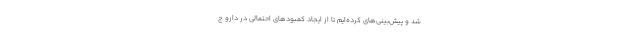
شد و پیش‌بینی‌های کرده‌ایم تا از ایجاد کمبودهای احتمالی در دارو ج